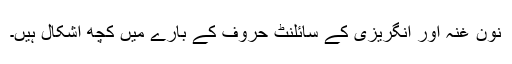
نون غنہ اور انگریزی کے سائلنٹ حروف کے بارے میں کچھ اشکال ہیں۔